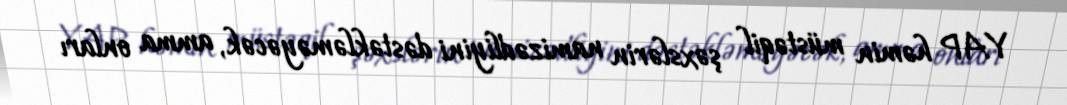
YAP həmin müstəqil şəxslərin namizədliyini dəstəkləməyəcək, amma onları